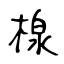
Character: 楾